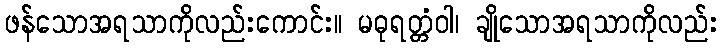
ဖန်သောအရသာကိုလည်းကောင်း။ မဓုရတ္တံဝါ၊ ချိုသောအရသာကိုလည်း